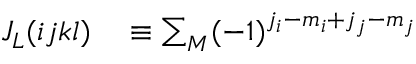
\begin{array} { r l } { J _ { L } ( i j k l ) } & { { } \equiv \sum _ { M } ( - 1 ) ^ { j _ { i } - m _ { i } + j _ { j } - m _ { j } } } \end{array}